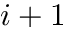
i + 1